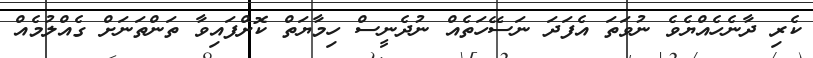
ކެރި ދާނެހެއްޔެވެ ނުވަތަ އެފަދަ ނަސޭހަތެއް ނުދެނީސް ހިމާޔަތް ކޮށްފައިވާ ތަންތަނަށް ގެއްލުމެއް